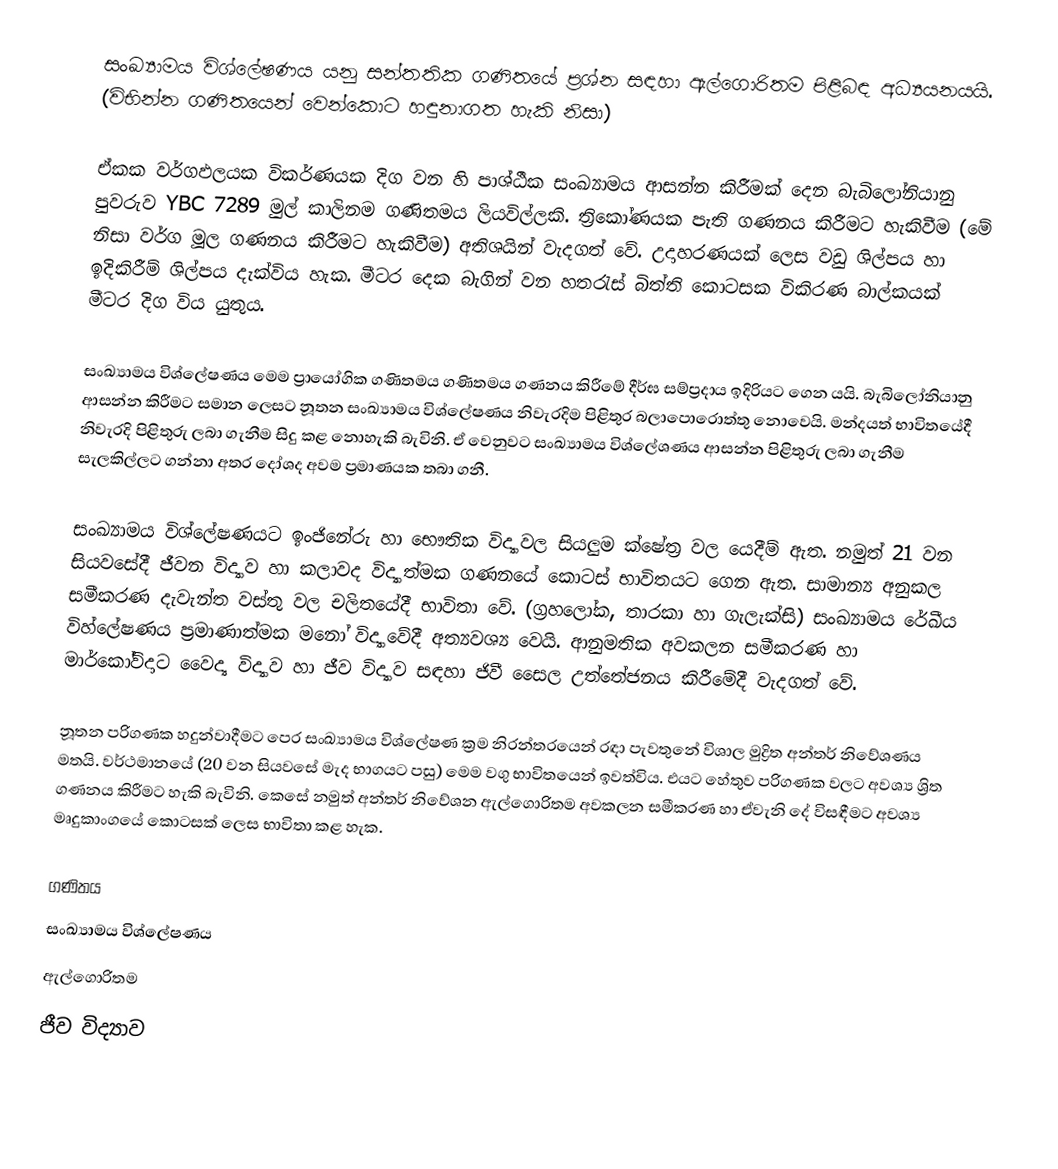
සංඛ්‍යාමය විශ්ලේෂණය යනු සන්තතික ගණිතයේ ප්‍රශ්න සඳහා ඇල්ගොරිතම පිළිබඳ අධ්‍යයනයයි. (විභින්න ගණිතයෙන් වෙන්කොට හඳුනාගත හැකි නිසා)

ඒකක වර්ගඵලයක විකර්ණයක දිග වන   හි පාශ්ඨීක සංඛ්‍යාමය ආසන්න කිරීමක් දෙන බැබිලෝනියානු පුවරුව YBC 7289 මුල් කාලිනම ගණිතමය ලියවිල්ලකි. ත්‍රිකෝණයක පැති ගණනය කිරීමට හැකිවීම (මේ නිසා වර්ග මූල ගණනය කිරීමට හැකිවීම) අතිශයින් වැදගත් වේ. උදාහරණයක් ලෙස වඩු ශිල්පය හා ඉදිකිරීම් ශිල්පය දැක්විය හැක. මීටර දෙක බැගින් වන හතරැස් බිත්ති කොටසක විකිරණ බාල්කයක් මීටර   දිග විය යුතුය.

සංඛ්‍යාමය විශ්ලේෂණය මෙම ප්‍රායෝගික ගණිතමය ගණිතමය ගණනය කිරීමේ දීර්ඝ සම්ප්‍රදාය ඉදිරියට ගෙන යයි. බැබිලෝනියානු   ආසන්න කිරීමට සමාන ලෙසට නූතන සංඛ්‍යාමය විශ්ලේෂණය නිවැරදිම පිළිතුර බලාපොරොත්තු නොවෙයි. මන්දයත් භාවිතයේදී නිවැරදි පිළිතුරු ලබා ගැනීම සිදු කළ නොහැකි බැවිනි. ඒ වෙනුවට සංඛ්‍යාමය විශ්ලේශණය ආසන්න පිළිතුරු ලබා ගැනීම සැලකිල්ලට ගන්නා අතර දෝශද අවම ප්‍රමාණයක තබා ගනී.

සංඛ්‍යාමය විශ්ලේෂණයට ඉංජිනේරු හා භෞතික විද්‍යාවල සියලුම ක්ෂේත්‍ර වල යෙදීම් ඇත. නමුත් 21 වන සියවසේදී ජීවන විද්‍යාව හා කලාවද විද්‍යාත්මක ගණනයේ කොටස් භාවිතයට ගෙන ඇත. සාමාන්‍ය අනුකල සමීකරණ දැවැන්ත වස්තු වල චලිතයේදී භාවිතා වේ. (ග්‍රහලෝක, තාරකා හා ගැලැක්සි) සංඛ්‍යාමය රේඛීය විහ්ලේෂණය ප්‍රමාණාත්මක මනෝ විද්‍යාවේදී අත්‍යවශ්‍ය වෙයි. ආනුමතික අවකලන සමීකරණ හා මාර්කෝව්දාට වෛද්‍ය විද්‍යාව හා ජීව විද්‍යාව සඳහා ජිවී සෛල උත්තේජනය කිරීමේදී වැදගත් වේ.

නූතන පරිගණක හදුන්වාදීමට පෙර සංඛ්‍යාමය විශ්ලේෂණ ක්‍රම නිරන්තරයෙන් රඳා පැවතුනේ විශාල මුද්‍රිත අන්තර් නිවේශණය මතයි. වර්ථමානයේ (20 වන සියවසේ මැද භාගයට පසු) මෙම වගු භාවිතයෙන් ඉවත්විය. එයට හේතුව පරිගණක වලට අවශ්‍ය ශ්‍රිත ගණනය කිරීමට හැකි බැවිනි. කෙසේ නමුත් අන්තර් නිවේශන ඇල්ගොරිතම අවකලන සමීකරණ හා ඒවැනි දේ විසඳීමට අවශ්‍ය මෘදුකාංගයේ කොටසක් ලෙස භාවිතා කළ හැක.

ගණිතය
සංඛ්‍යාමය විශ්ලේෂණය
ඇල්ගොරිතම
ජීව විද්‍යාව